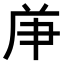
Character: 𠩖